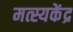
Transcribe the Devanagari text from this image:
मत्स्यकेंद्र